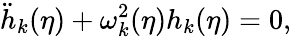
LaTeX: {\ddot{h}}_{k}(\eta)+\omega_{k}^{2}(\eta)h_{k}(\eta)=0,